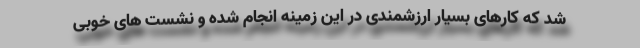
شد که کارهای بسیار ارزشمندی در این زمینه انجام شده و نشست های خوبی